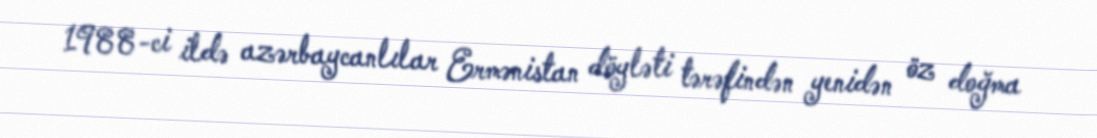
1988-ci ildə azərbaycanlılar Ermənistan döyləti tərəfindən yenidən öz doğma